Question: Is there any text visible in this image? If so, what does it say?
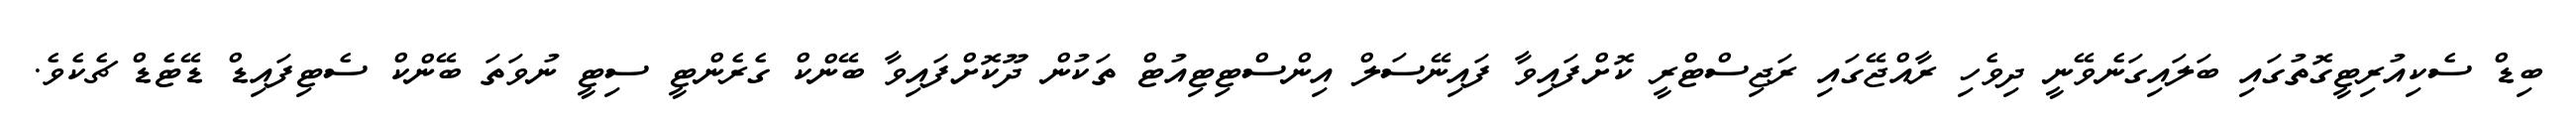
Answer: ބިޑް ސެކިއުރިޓީގޮތުގައި ބަލައިގަނެވޭނީ ދިވެހި ރާއްޖޭގައި ރަޖިސްޓްރީ ކޮށްފައިވާ ފައިނޭސަލް އިންސްޓިޓިއުޓް ތަކުން ދޫކޮށްފައިވާ ބޭންކް ގެރެންޓީ ސިޓީ ނުވަތަ ބޭންކް ސެޓިފައިޑް ޑޭޓެޑް ޗެކެވެ.